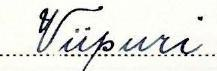
Viipuri